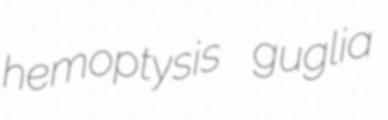
hemoptysis guglia